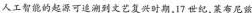
人工智能的起源可追溯到文艺复兴时期，17世纪，莱布尼兹